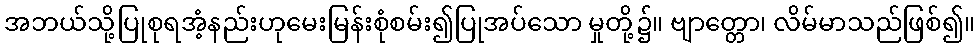
အဘယ်သို့ပြုစုရအံ့နည်းဟုမေးမြန်းစုံစမ်း၍ပြုအပ်သော မှုတို့၌။ ဗျာတ္တော၊ လိမ်မာသည်ဖြစ်၍။